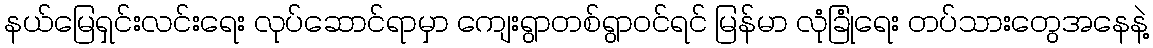
နယ်မြေရှင်းလင်းရေး လုပ်ဆောင်ရာမှာ ကျေးရွာတစ်ရွာဝင်ရင် မြန်မာ လုံခြုံရေး တပ်သားတွေအနေနဲ့